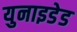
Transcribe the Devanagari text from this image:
युनाइडेड